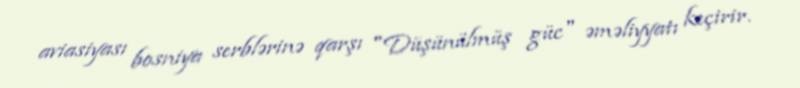
aviasiyası bosniya serblərinə qarşı "Düşünülmüş güc" əməliyyatı keçirir.